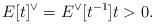
LaTeX: \begin{align*}E[t]^{\vee}=E^{\vee}[t^{-1}] t>0.\end{align*}